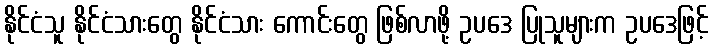
နိုင်ငံသူ နိုင်ငံသားတွေ နိုင်ငံသား ကောင်းတွေ ဖြစ်လာဖို့ ဥပဒေ ပြုသူများက ဥပဒေဖြင့်